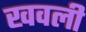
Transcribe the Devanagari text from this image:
खवली